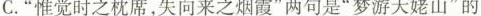
C.”惟觉时之枕席，失向来之烟霞”两句是”梦游天姥山”的